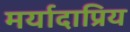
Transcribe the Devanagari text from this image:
मर्यादाप्रिय